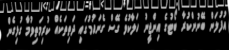
އުފުލަން ބޭނުންކުރާ ބޯޓުގެ އިންޖީނު ހަލާކުވެ ގޭސް ގެނައުމުގައި ދަތިތަކެއް ކުރިމަތިވުމާ ގުޅިގެން